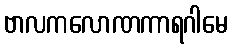
ဗာလကလောဏကာရဂါမေ